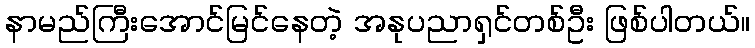
နာမည်ကြီးအောင်မြင်နေတဲ့ အနုပညာရှင်တစ်ဦး ဖြစ်ပါတယ်။